Civil Veterinary Dept. North-West Frontier Province 1923-32 - 1923-1932
Year: 1923
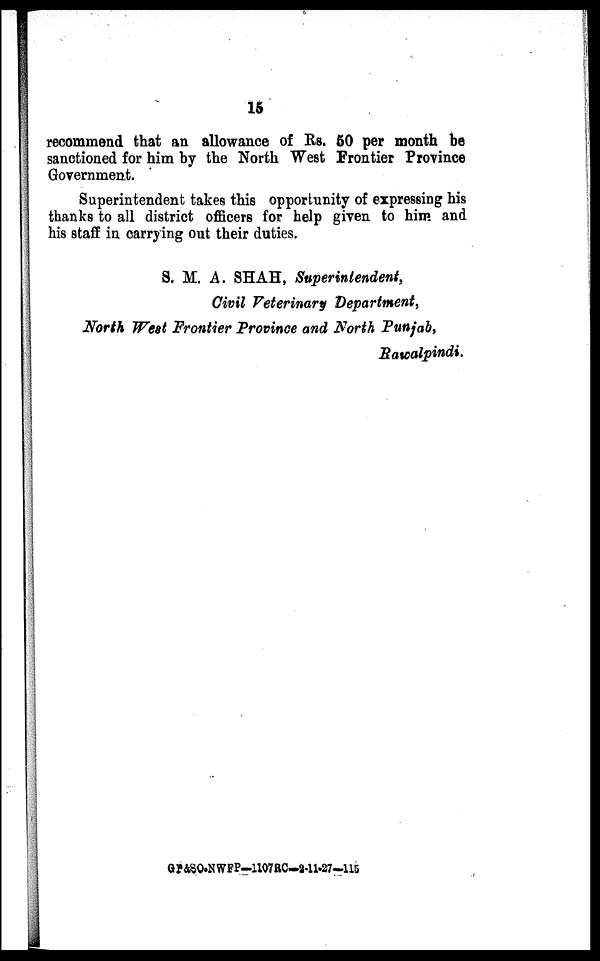
15
recommend that an allowance of Rs. 50 per month be
sanctioned for him by the North West Frontier Province
Government.
Superintendent takes this opportunity of expressing his
thanks to all district officers for help given to him and
his staff in carrying out their duties.
S. M. A. SHAH, Superintendent,
Civil Veterinary Department,
North West Frontier Province and North Punjab,
Rawalpindi.
GP&SO-NWFP-1107RC-2-11-27-115